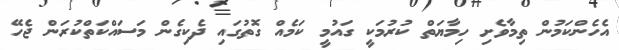
އެހެންކަމުން ތިމާވެށި ހިމާޔަތް ކުރުމަކީ ގައުމީ ކަމެއް ގޮތުގައި ދެކިގެން މަސައްކަތްކުރަން ޖެހޭ